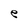
Character: e